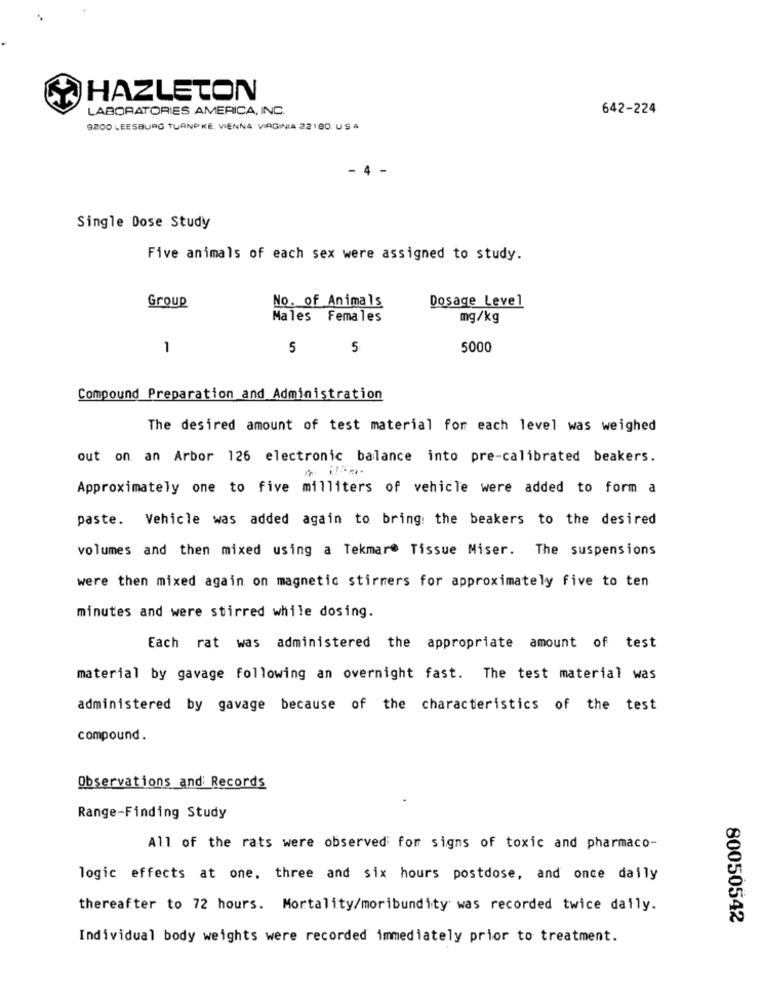
HAZLETON
LABORATORIES AMERICA, INC.
642-224
9200 LEESBURG TURNPIKE, VIENNA VIRGINIA 22190. USA
- 4 -
Single Dose Study
Five animals of each sex were assigned to study.
Group
No. of Animals
Dosage Level
Males Females
mg/kg
1
5
5
5000
Compound Preparation and Administration
The desired amount of test material for each level was weighed
out on an Arbor 126 electronic balance into pre-calibrated beakers.
Approximately one to five milliters of vehicle were added to form a
paste. Vehicle was added again to bring: the beakers to the desired
volumes and then mixed using a Tekmare Tissue Miser. The suspensions
were then mixed again on magnetic stirners for approximately five to ten
minutes and were stirred while dosing.
Each rat was administered the appropriate amount of test
material by gavage following an overnight fast. The test material was
administered by gavage because of the characteristics of the test
compound.
Observations and Records
Range-Finding Study
All of the rats were observed for signs of toxic and pharmaco-
logic effects at one. three and six hours postdose, and once daily
thereafter to 72 hours. Mortality/moribundity was recorded twice daily.
80050542
Individual body weights were recorded immediately prior to treatment.